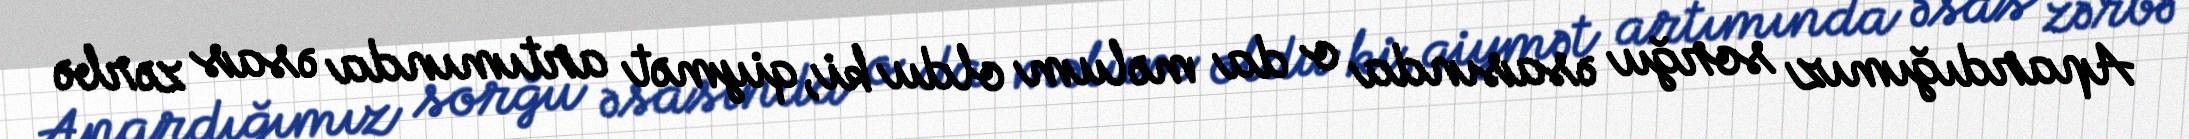
Apardığımız sorğu əsasında o da məlum oldu ki, qiymət artımında əsas zərbə